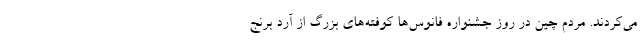
می‌کردند. مردم چین در روز جشنواره فانوس‌ها کوفته‌های بزرگ از آرد برنج